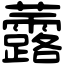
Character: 虂